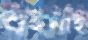
শুইনাই